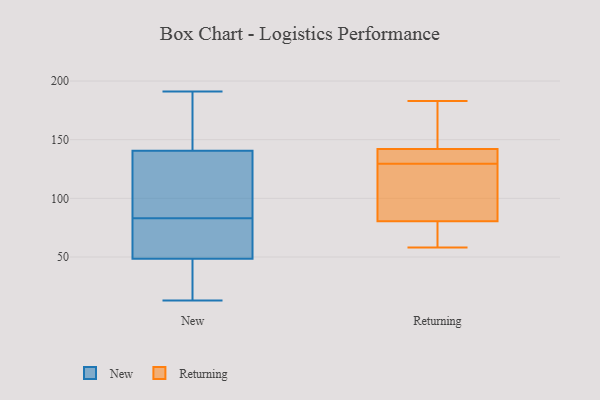
{"axis": {"x": "Tickets Resolved", "y": "Value"}, "legend": ["New", "Returning"], "data": [{"x": "", "y": 19, "type": "New"}, {"x": "", "y": 76, "type": "New"}, {"x": "", "y": 191, "type": "New"}, {"x": "", "y": 88, "type": "New"}, {"x": "", "y": 83, "type": "New"}, {"x": "", "y": 152, "type": "New"}, {"x": "", "y": 143, "type": "New"}, {"x": "", "y": 75, "type": "New"}, {"x": "", "y": 133, "type": "New"}, {"x": "", "y": 50, "type": "New"}, {"x": "", "y": 69, "type": "New"}, {"x": "", "y": 118, "type": "New"}, {"x": "", "y": 13, "type": "New"}, {"x": "", "y": 32, "type": "New"}, {"x": "", "y": 29, "type": "New"}, {"x": "", "y": 147, "type": "New"}, {"x": "", "y": 48, "type": "New"}, {"x": "", "y": 111, "type": "New"}, {"x": "", "y": 179, "type": "New"}, {"x": "", "y": 58, "type": "Returning"}, {"x": "", "y": 133, "type": "Returning"}, {"x": "", "y": 183, "type": "Returning"}, {"x": "", "y": 182, "type": "Returning"}, {"x": "", "y": 59, "type": "Returning"}, {"x": "", "y": 98, "type": "Returning"}, {"x": "", "y": 139, "type": "Returning"}, {"x": "", "y": 64, "type": "Returning"}, {"x": "", "y": 97, "type": "Returning"}, {"x": "", "y": 136, "type": "Returning"}, {"x": "", "y": 145, "type": "Returning"}, {"x": "", "y": 126, "type": "Returning"}]}